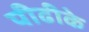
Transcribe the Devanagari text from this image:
पीढीके